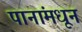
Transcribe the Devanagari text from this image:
पानांमधून